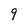
Character: 9